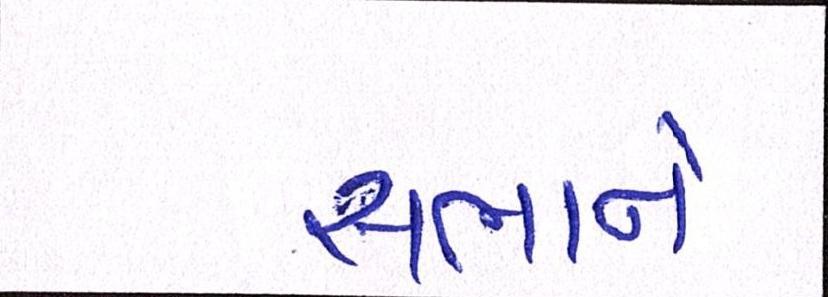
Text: સભાને